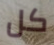
كل